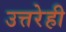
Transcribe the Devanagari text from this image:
उत्तरेही